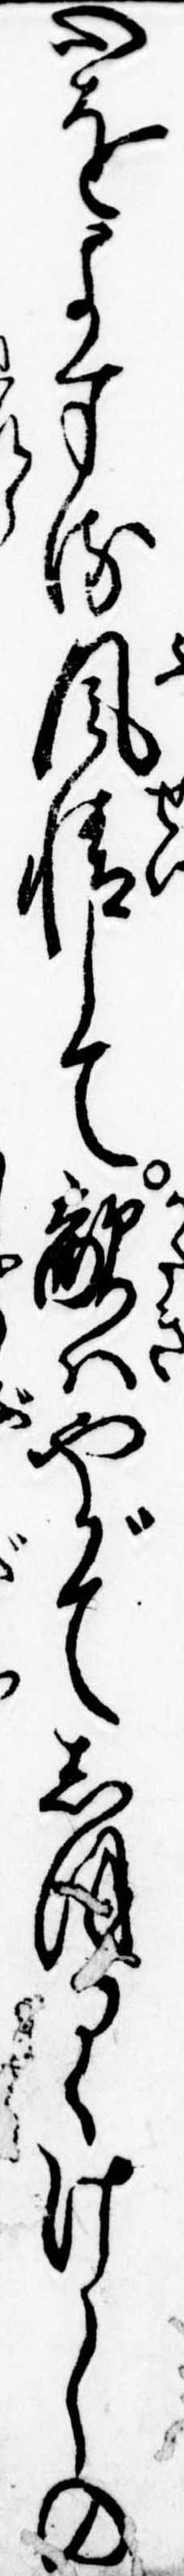
心をよする風情して敵はやがてしほるゝけしの